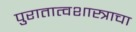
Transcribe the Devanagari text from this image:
पुरातात्वशास्त्राचा